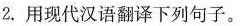
2.用现代汉语翻译下列句子。